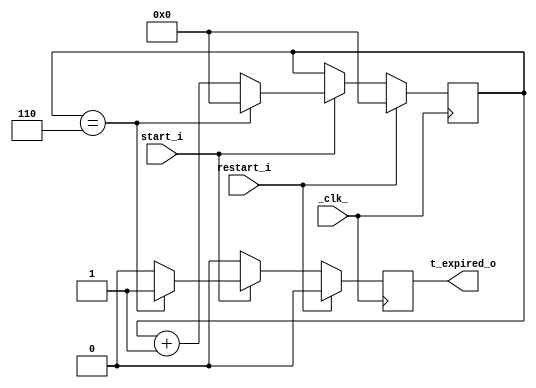
module Temporizador( _clk_, start_i, restart_i, t_expired_o);

	input _clk_, start_i, restart_i;
	output  t_expired_o;


	reg[3:0] contador = 4'b0; //registro que almacena Contador
	localparam contador_max=7; //Se cuentan 7 segundos
	reg t_expired_o=0;
	
	
	always @(posedge _clk_) begin
		t_expired_o<=0;
		if(restart_i) 
			contador <=0;	
		else begin
			if (start_i) begin		
				if(contador==contador_max-1) begin
					t_expired_o<=1'b1;
					contador <=0;
				end
				else begin
					contador <= contador+1;
				end
			end
		end
	end
endmodule